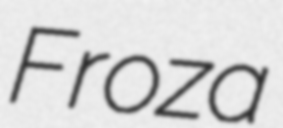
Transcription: Froza